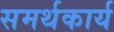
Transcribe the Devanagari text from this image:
समर्थकार्य